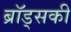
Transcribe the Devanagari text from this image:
ब्रॉड्सकी